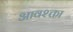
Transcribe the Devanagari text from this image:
आवश्क्ता